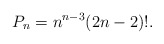
\begin{align*}P_n=n^{n-3} (2n-2)!.\end{align*}